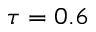
\tau = 0 . 6